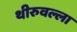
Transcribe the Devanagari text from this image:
थीरुवल्ला